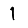
Digit: 1